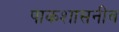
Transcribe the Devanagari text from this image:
पाकशासनीव